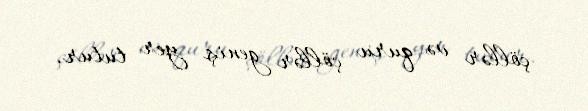
çöllər və quru çöllər geniş yer tutur.